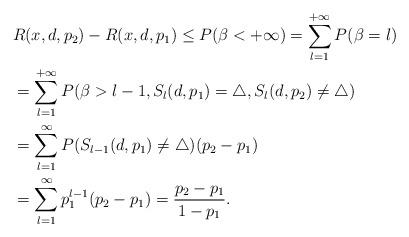
LaTeX: \begin{align*}&R(x,d,p_2)-R(x,d,p_1)\leq P(\beta<+\infty)=\sum_{l=1}^{+\infty}P(\beta=l)\\&=\sum_{l=1}^{+\infty}P(\beta>l-1,S_l(d,p_1)=\triangle,S_l(d,p_2)\neq\triangle)\\&=\sum_{l=1}^{\infty}P(S_{l-1}(d,p_1)\neq \triangle)(p_2-p_1)\\&=\sum_{l=1}^{\infty}p_1^{l-1}(p_2-p_1)=\frac{p_2-p_1}{1-p_1}.\end{align*}